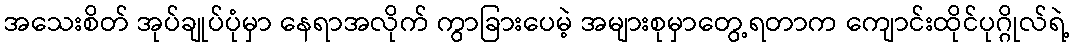
အသေးစိတ် အုပ်ချုပ်ပုံမှာ နေရာအလိုက် ကွာခြားပေမဲ့ အများစုမှာတွေ့ရတာက ကျောင်းထိုင်ပုဂ္ဂိုလ်ရဲ့